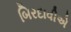
બિરદાવીએ